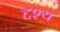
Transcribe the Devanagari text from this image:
द्दश्य